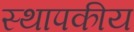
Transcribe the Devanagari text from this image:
स्थापकीय